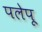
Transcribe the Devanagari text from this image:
पलेपू